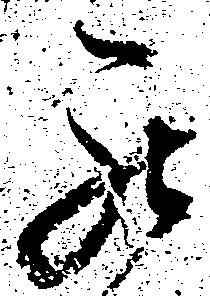
罷